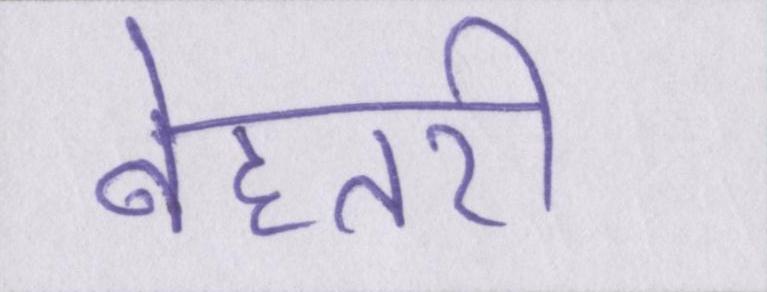
बेहतरी